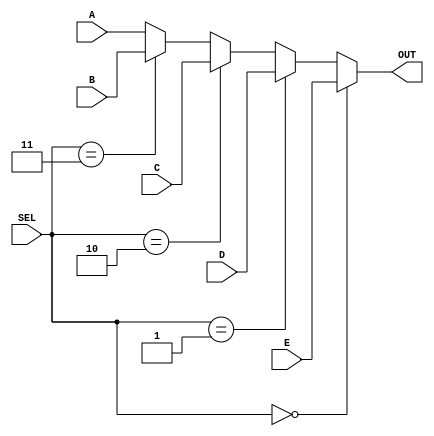
`timescale 1ns / 1ps 
//////////////////////////////////////////////////////////////////////////////////
// Company:
// Engineer:
//
// Design Name:
// Module Name:    select4to1
// Project Name:
// Target Devices:
// Tool versions:
// Description:
//
// Dependencies:
//
// Revision:
// Revision 0.01 - File Created
// Additional Comments:
//
//////////////////////////////////////////////////////////////////////////////////
module select5to1(
           SEL,
           A,
           B,
           C,
           D,
           E,
           OUT
       );
parameter N = 233; //
input [2: 0] SEL;
input [N - 1 : 0] A;
input [N - 1 : 0] B;
input [N - 1 : 0] C;
input [N - 1 : 0] D;
input [N - 1 : 0] E;
output [N - 1 : 0] OUT;

assign OUT = (SEL == 3'b000) ? E : (SEL == 3'b001) ? D : (SEL == 3'b010) ? C : (SEL == 3'b011) ? B:A;
endmodule